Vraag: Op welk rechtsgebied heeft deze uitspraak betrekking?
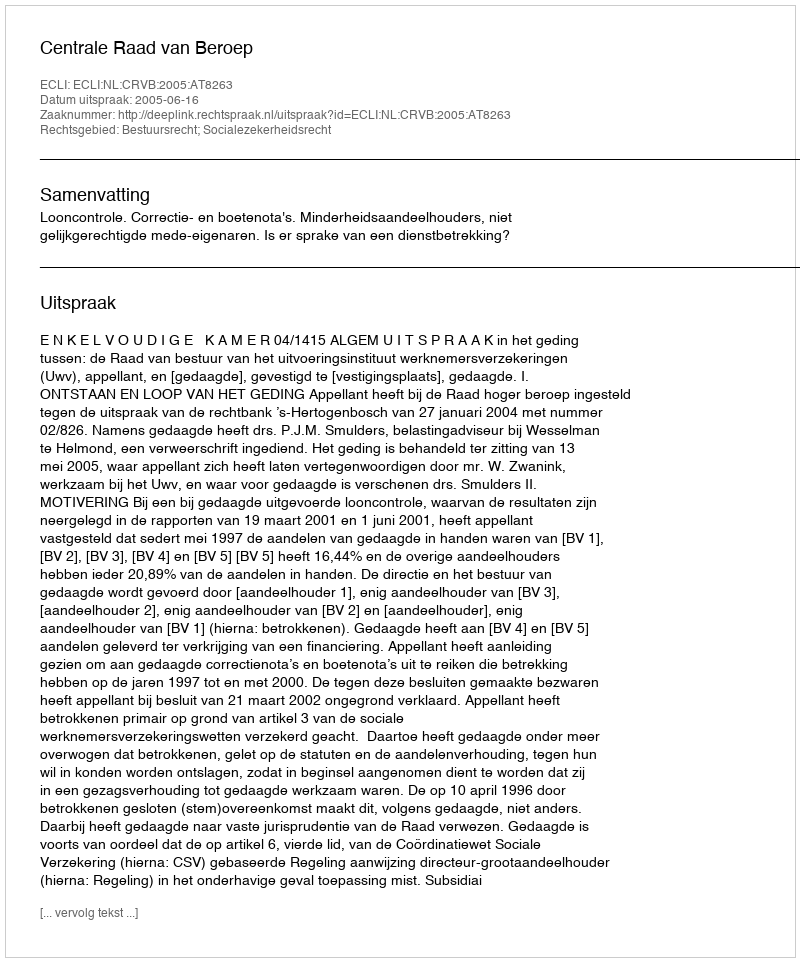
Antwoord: Bestuursrecht; Socialezekerheidsrecht